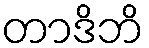
တာဒိဘိ